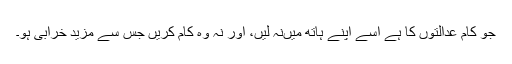
جو کام عدالتوں کا ہے اُسے اپنے ہاتھ میںنہ لیں، اور نہ وہ کام کریں جس سے مزید خرابی ہو۔